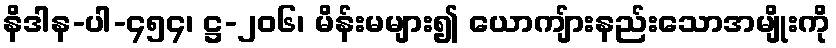
နိဒါန-ပါ-၄၅၄၊ ဋ္ဌ-၂၀၆၊ မိန်းမများ၍ ယောကျ်ားနည်းသောအမျိုးကို